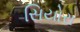
સિયોરા